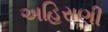
અહિરાણી